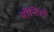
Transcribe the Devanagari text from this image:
वॉर्निशे